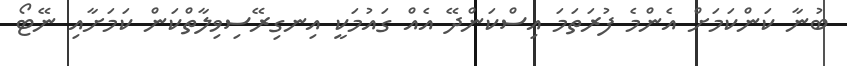
ބުނާ ކަންކަމަށް އެންމެ ފުރަތަމަ އިސްކަންދޭ އެއް ގައުމަކީ އިނގިރޭސިވިލާތްކަން ކަމަށާއި ނޭޓޯ